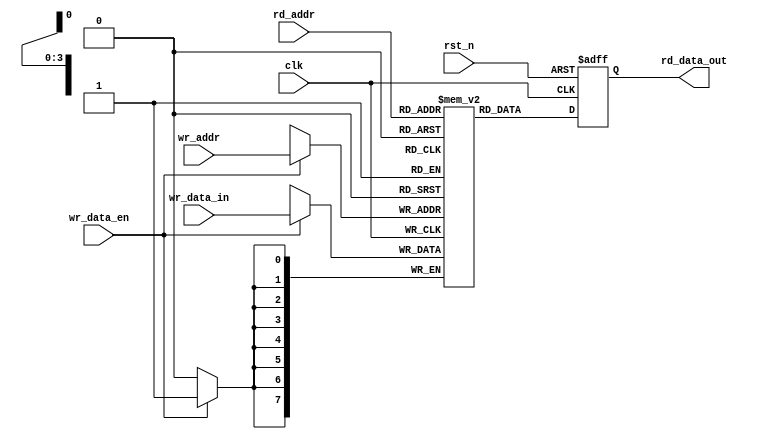
//-----------------------------------------------------------------------------
// Title         : Distuibuted RAM
// Project       : SWIN_BRAM
//-----------------------------------------------------------------------------
//-----------------------------------------------------------------------------
// Description :
//
//-----------------------------------------------------------------------------
// Modification history :
// 13.03.2017 : created
//-----------------------------------------------------------------------------

module dbram(/*AUTOARG*/
   // Outputs
   rd_data_out,
   // Inputs
   clk, rst_n, wr_data_in, wr_addr, wr_data_en, rd_addr
   );

   parameter DATA_WIDTH = 8;
   parameter DEPTH = 16;
   parameter ADDR_WIDTH = 4;

   input wire clk;
   input wire rst_n;

   input wire [DATA_WIDTH-1:0] wr_data_in;
   input wire [ADDR_WIDTH-1:0] wr_addr;
   input wire                  wr_data_en;


   input wire [ADDR_WIDTH-1:0] rd_addr;
   output reg [DATA_WIDTH-1:0]  rd_data_out;

   reg [DATA_WIDTH-1:0]         ram [DEPTH-1:0];

   always @(posedge clk or negedge rst_n) begin
      if(!rst_n)
        rd_data_out <= 0;
      else
        rd_data_out <= ram[rd_addr];
   end

   always @(posedge clk) begin
      if(wr_data_en)
        ram[wr_addr] <= wr_data_in;
   end

endmodule // dbram